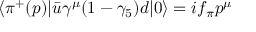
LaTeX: \langle \pi ^ { + } ( p ) | \bar { u } \gamma ^ { \mu } ( 1 - \gamma _ { 5 } ) d | 0 \rangle = i f _ { \pi } p ^ { \mu }